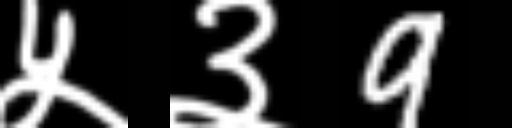
Text: ५३9